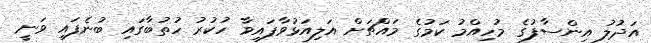
އަދުލު އިންސާފުގެ މުހިއްމު ކަމުގެ މައްޗަށް އަލިއަޅުވާފައިވާ ހުކުރު ހުތުބާގައި ބުނެފައި ވަނީ